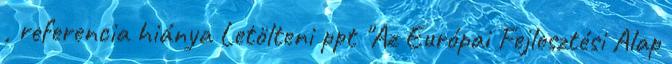
, referencia hiánya Letölteni ppt "Az Európai Fejlesztési Alap